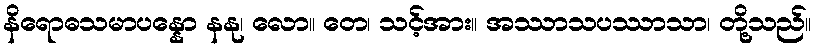
နိရောဓသမာပန္နော နနု၊ လော။ တေ၊ သင့်အား။ အဿာသပဿာသာ၊ တို့သည်။